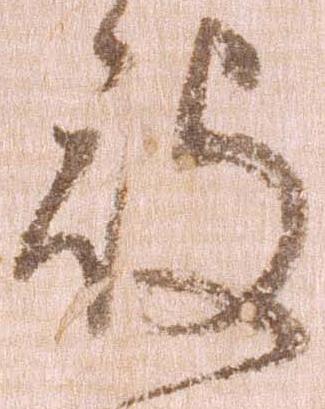
被